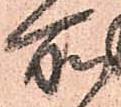
所